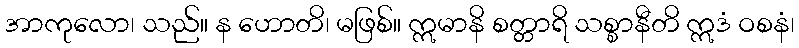
အာကုလော၊ သည်။ န ဟောတိ၊ မဖြစ်။ ဣမာနိ စတ္တာရိ သစ္စာနီတိ ဣဒံ ဝစနံ၊